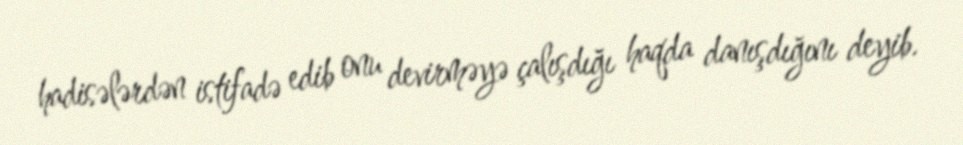
hadisələrdən istifadə edib onu devirməyə çalışdığı haqda danışdığını deyib.